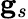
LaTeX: \mathbf{g}_{s}